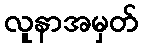
လူနာအမှတ်